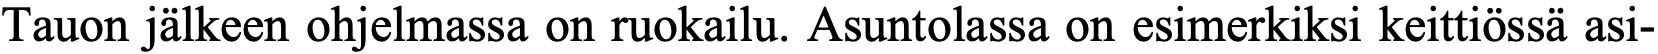
Tauon jälkeen ohjelmassa on ruokailu. Asuntolassa on esimerkiksi keittiössä asi-